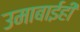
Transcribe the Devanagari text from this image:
उमाबाईही